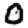
Digit: 0